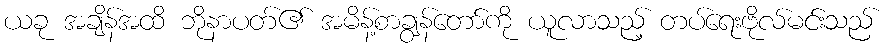
ယခု အချိန်အထိ ဘိုနာပတ်၏ အမိန့်စာချွန်တော်ကို ယူလာသည့် တပ်ရေးဗိုလ်မင်းသည်